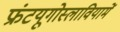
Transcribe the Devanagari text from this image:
फ्रंटयूगोस्लावियामें